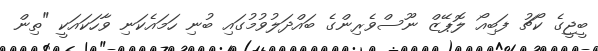
ބީޖީގެ ކޯޗު ފަބިއޯ ލޮޕޭޒް ނޫސްވެރިންގެ ބައްދަލުވުމުގައި ބުނި ހަމައެކަނި ވާހަކައަކީ "ތިން